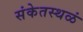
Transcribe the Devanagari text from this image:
संकेतस्थळं